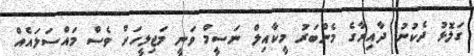
ގަލޮޅު ދެކުނު ދާއިރާގެ މެންބަރު މީކާއިލް ނަސީމް ވަނީ މަޖިލީހަށް ވެސް މައްސަލައެއް